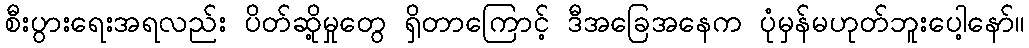
စီးပွားရေးအရလည်း ပိတ်ဆို့မှုတွေ ရှိတာကြောင့် ဒီအခြေအနေက ပုံမှန်မဟုတ်ဘူးပေါ့နော်။